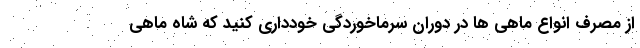
از مصرف انواع ماهی ها در دوران سرماخوردگی خودداری کنید که شاه ماهی